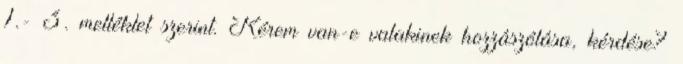
1.- 3. melléklet szerint. Kérem van-e valakinek hozzászólása, kérdése?